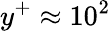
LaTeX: y^{+}\approx 10^{2}